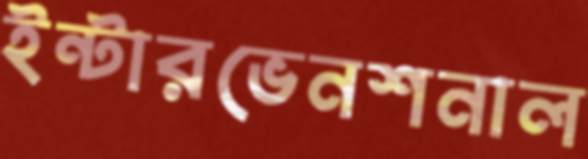
ইন্টারভেনশনাল